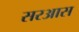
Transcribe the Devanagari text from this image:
सरआस